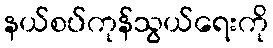
နယ်စပ်ကုန်သွယ်ရေးကို